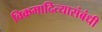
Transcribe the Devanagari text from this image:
विक्रमादित्यासंबंधी